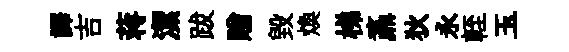
譯吉蒋潔跋贈毀煥梯鼒狄永輊玉